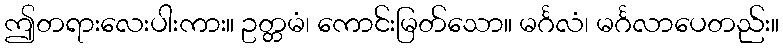
ဤတရားလေးပါးကား။ ဥတ္တမံ၊ ကောင်းမြတ်သော။ မင်္ဂလံ၊ မင်္ဂလာပေတည်း။